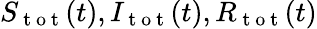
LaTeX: S_{\mathrm{~t~o~t~}}(t),I_{\mathrm{~t~o~t~}}(t),R_{\mathrm{~t~o~t~}}(t)